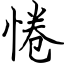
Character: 惓